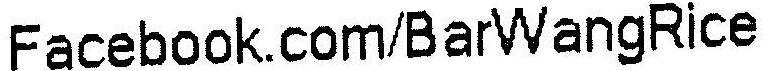
FACEBOOK.COM/BARWANGRICE